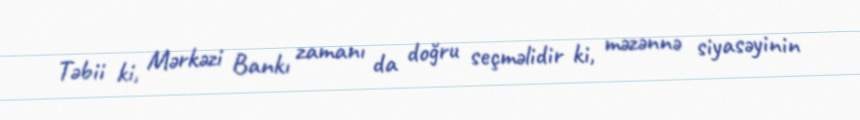
Təbii ki, Mərkəzi Bankı zamanı da doğru seçməlidir ki, məzənnə siyasəyinin